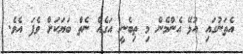
އެތަނުގައި އުޅޭ އެންމެން މި ތިބެނީ އަގެއް ނެތް ބަޔަކަށް ވެފަ އެވެ.